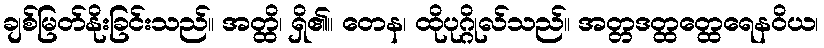
ချစ်မြတ်နိုးခြင်းသည်။ အတ္ထိ၊ ရှိ၏။ တေန၊ ထိုပုဂ္ဂိုလ်သည်။ အတ္တဒတ္ထတ္ထေရေနဝိယ၊